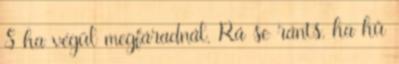
S ha végül megfáradnál, Rá se ránts, ha hű